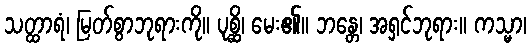
သတ္ထာရံ၊ မြတ်စွာဘုရားကို။ ပုစ္ဆိ၊ မေး၏။ ဘန္တေ၊ အရှင်ဘုရား။ ကသ္မာ၊